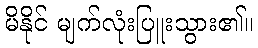
မိနိုင် မျက်လုံးပြူးသွား၏။